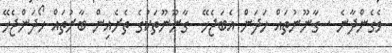
ވެގެންދާނެ . ގާނޫނުތައް ހަދަން އެބަޖެހޭ  ގާނޫނޫތަކުގެ ތެރެއިން ބާރުތައް ހޯދަންޖެހޭ